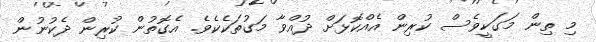
މި ތިން މަގަކީވެސް ކުރިން އެއްކޮޅަށް ދުއްވާ މަގުތަކެކެވެ. އެގޮތުން ކުރިން ދެކުނުން